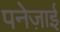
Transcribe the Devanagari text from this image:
पनेज़ाई